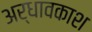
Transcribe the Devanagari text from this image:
अर्धावकाश